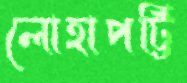
লোহাপট্টি